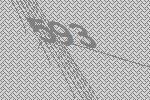
593